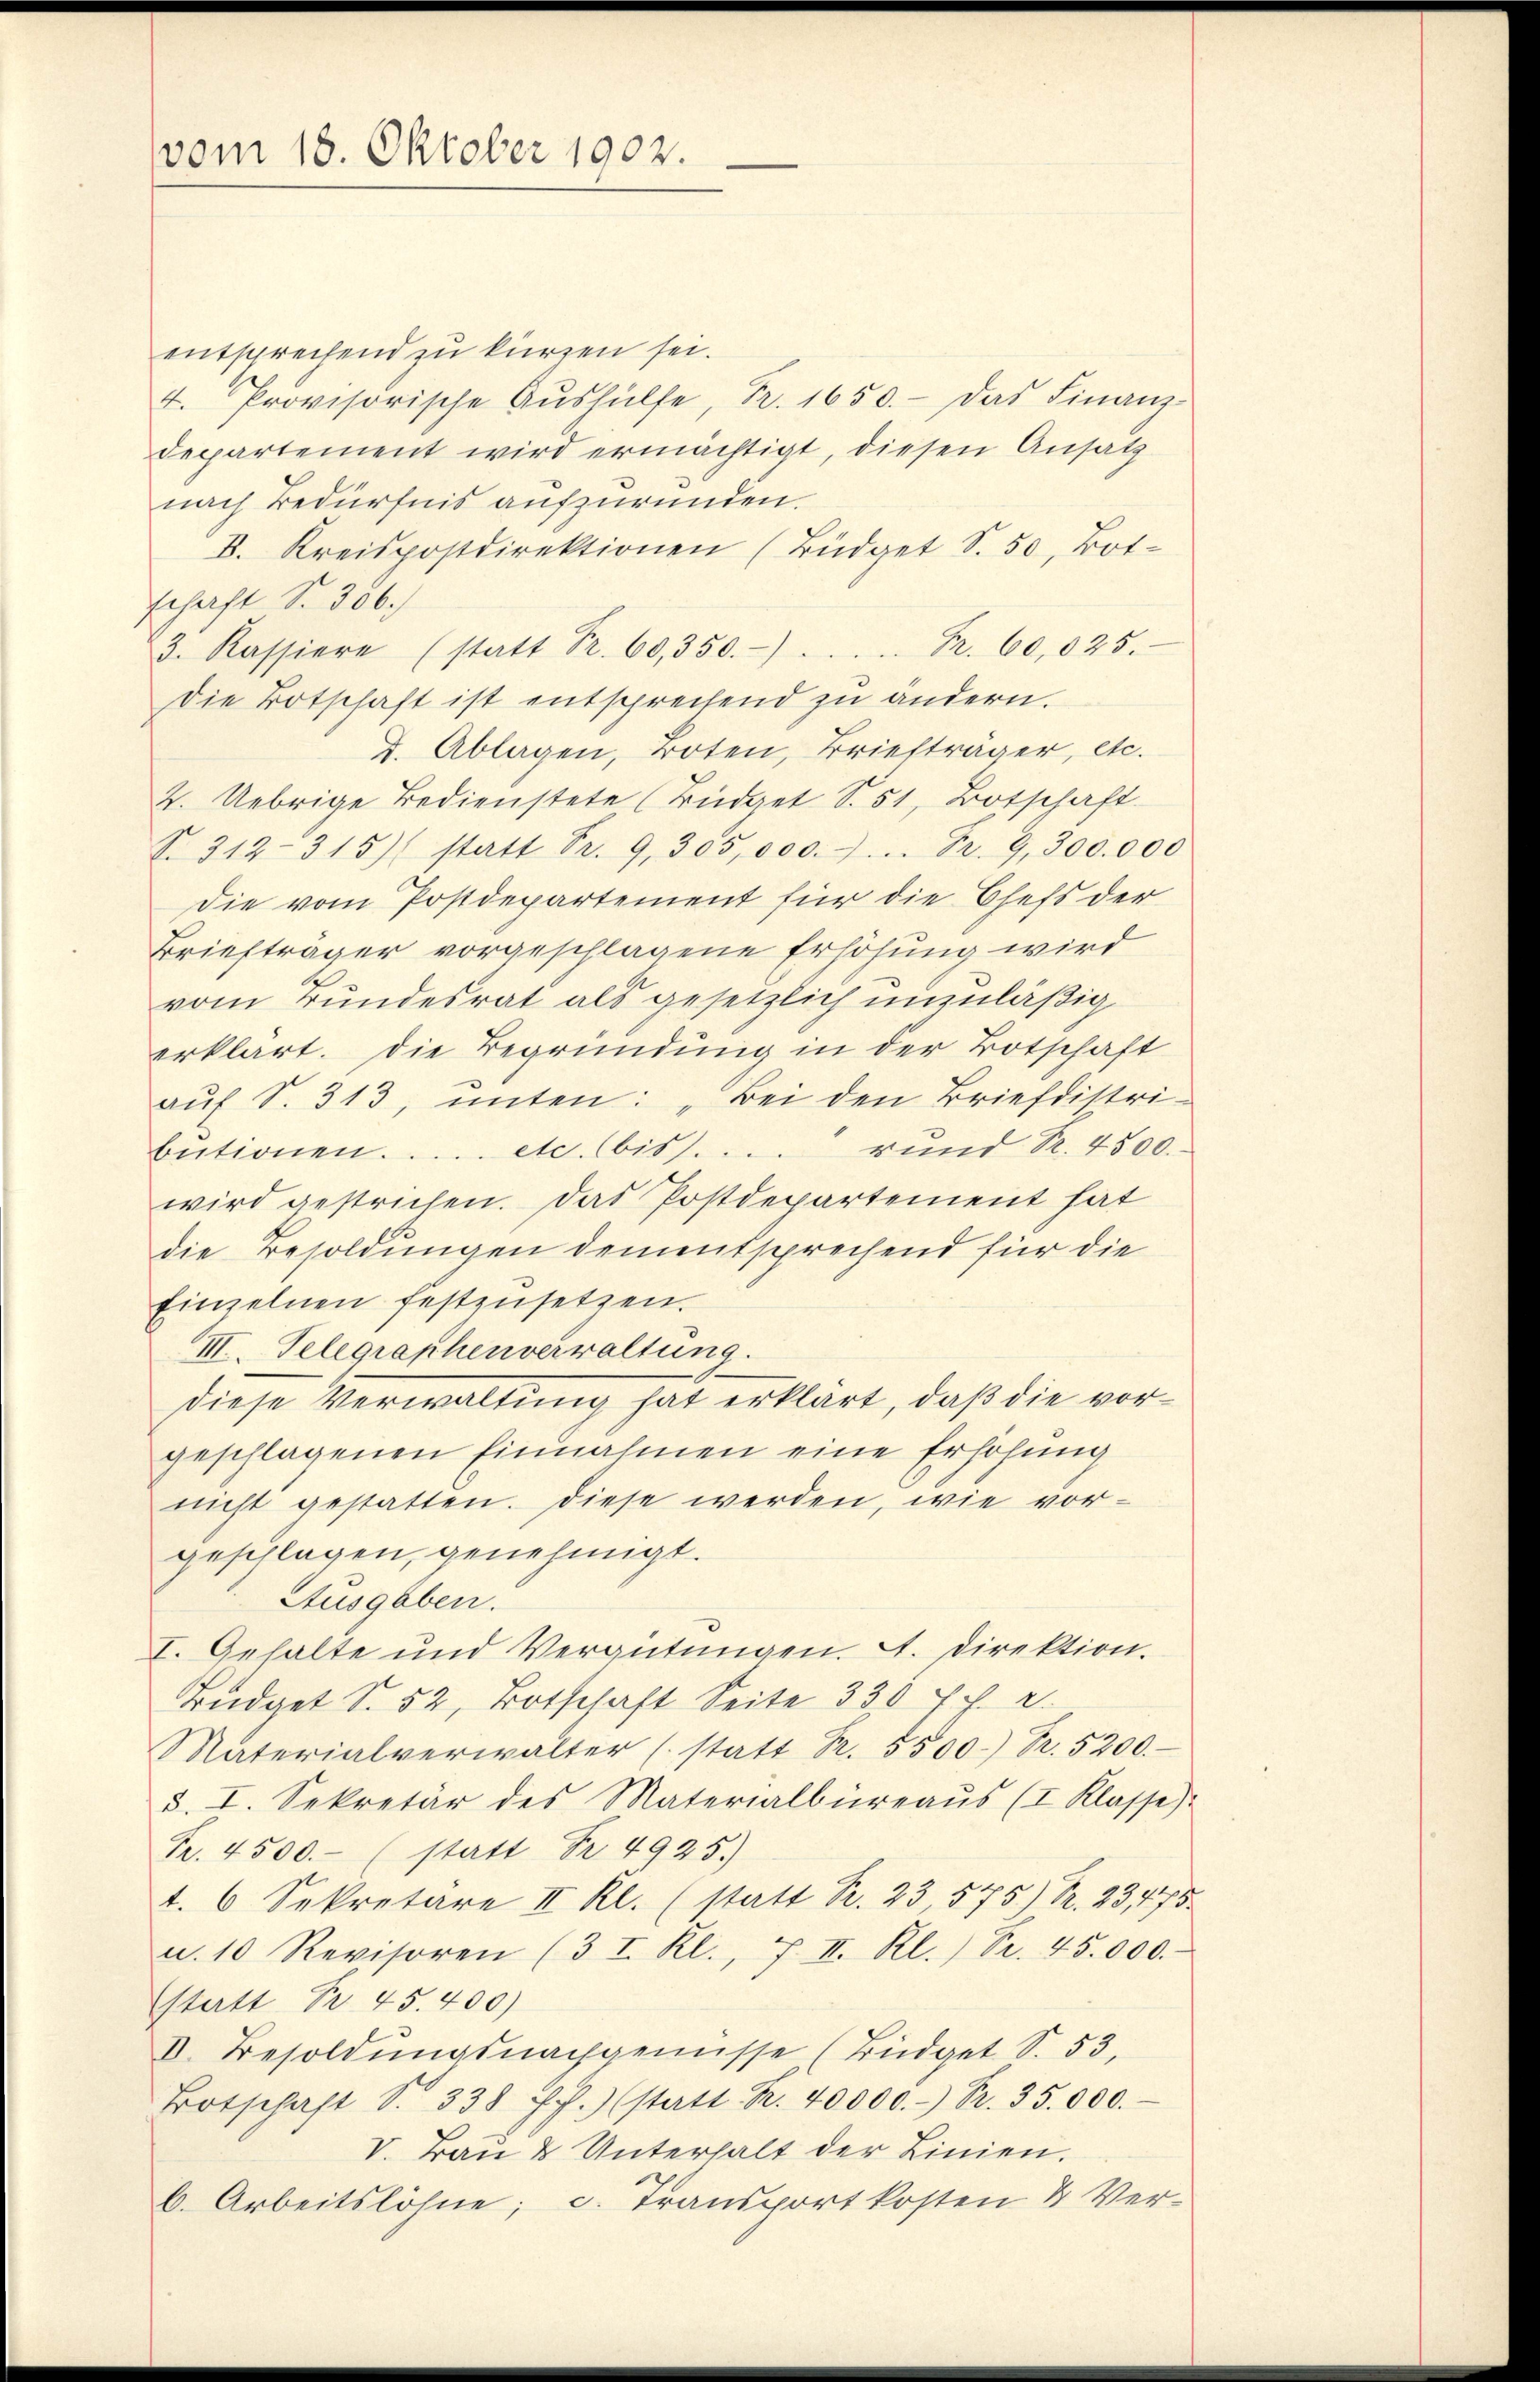
vom 18. Oktober 1902.

entsprechend zu kürzen sei.
4. Provisorische Aŭshülfe, Pr. 1650.- das Finanz-
departement wird ermächtigt, diesen Ansatz
nach Bedürfnis aufzuründen.
8. Kreispostdirektionen (Büdget S. 50, Bot
schaft S. 356.)
3. Kassiere (statt Fr. 60,350.) . . . Fr. 60,025.
Die Botschaft ist entsprechend zu ändern.
d. Ablagen, Boten, Briefträger, etc.
2. Uebrige Bedienstete (Büdget S. 51, Botschaft
T. 312—315) statt Fr. 9,305,000. Fr. 9300.000
Die vom Postdepartement für die Chefs der
Briefträger vorgeschlagene Erhöhung wird
vom Bundesrat als gesetzlich unzuläßig
erklärt. Die Begründung in der Botschaft
aŭf S. 313, unten: „Bei den Briefdistribŭtionen. .... etc. bis .... und Nr. 4500.
wird gestrichen. Das Postdepartement hat
die Besoldungen dementsprechend für die
Einzelnen festzŭsetzen.
III. Telegraphenverwaltung.
diese Verwaltung hat erklärt, daß die vorgeschlagenen Einnahmen eine Erhöhung
nicht gestatten. Diese werden, wie vorgeschlagen, genehmigt.
Ausgaben.
I. Gehalte und Vergütungen. A. Direktion.
Büdget S. 52, Botschaft Seite 330 f. u.
Materialverwalter (statt R. 5500 Fr. 5200.
§. I. Sekretär des Materialbüreaŭs (I Klasse).
Fr. 4500.- (statt Fr. 4925.)
t. 6 Sekretäre II Kl. (statt S. 23 575) Nr. 23173
u. 10 Revisoren (3 I. Kl., 7. II. Kl.) S. 45.000.
statt Nr. 45. 400)
V. Besoldŭngsnachgewisse (Büdget S. 53.
Botschaft S. 338 ff.) (statt Nr. 40000.-) Fr. 35.000.
V. Bau & Unterhalt der Linien.
b. Arbeitslöhne; c. Transportkosten & Ver-